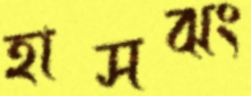
হাসঝং